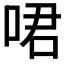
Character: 𠲰